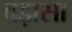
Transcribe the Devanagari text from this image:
बड़ासा